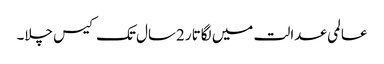
عالمی عدالت میں لگاتار 2سال تک کیس چلا۔